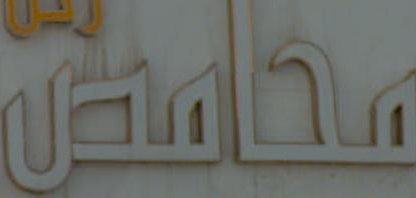
محامص